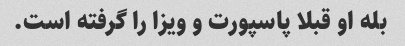
بله او قبلا پاسپورت و ویزا را گرفته است.